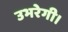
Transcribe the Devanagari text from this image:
उभरेगी।